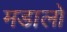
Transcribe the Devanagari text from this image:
मडालो